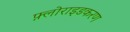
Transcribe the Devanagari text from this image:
फ़्लोराइडकरण